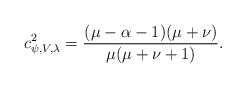
\begin{align*}c^2_{\psi, V,\lambda}=\frac{(\mu-\alpha-1)(\mu+\nu)}{\mu(\mu+\nu+1)}.\end{align*}